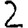
Digit: 2